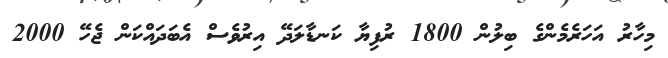
މިހާރު އަހަރެމެންގެ ބިލުން 1800 ރުފިޔާ ކަނޑާލަދޭ އިރުވެސް އެބަދައްކަން ޖެހޭ 2000